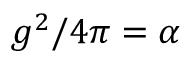
g ^ { 2 } / 4 \pi = \alpha